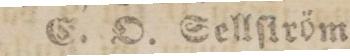
E. O. Sellſtröm.